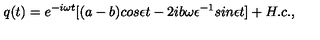
q ( t ) = e ^ { - i \omega t } [ ( a - b ) c o s \epsilon t - 2 i b \omega \epsilon ^ { - 1 } s i n \epsilon t ] + H . c . ,